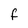
Character: F